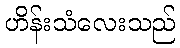
ဟိန်းသံလေးသည်